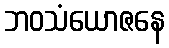
ဘဝသံယောဇနေ